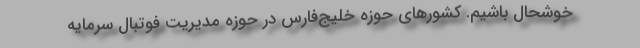
خوشحال باشیم. کشورهای حوزه خلیج‌فارس در حوزه مدیریت فوتبال سرمایه